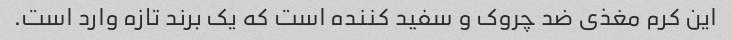
این کرم مغذی ضد چروک و سفید کننده است که یک برند تازه وارد است.